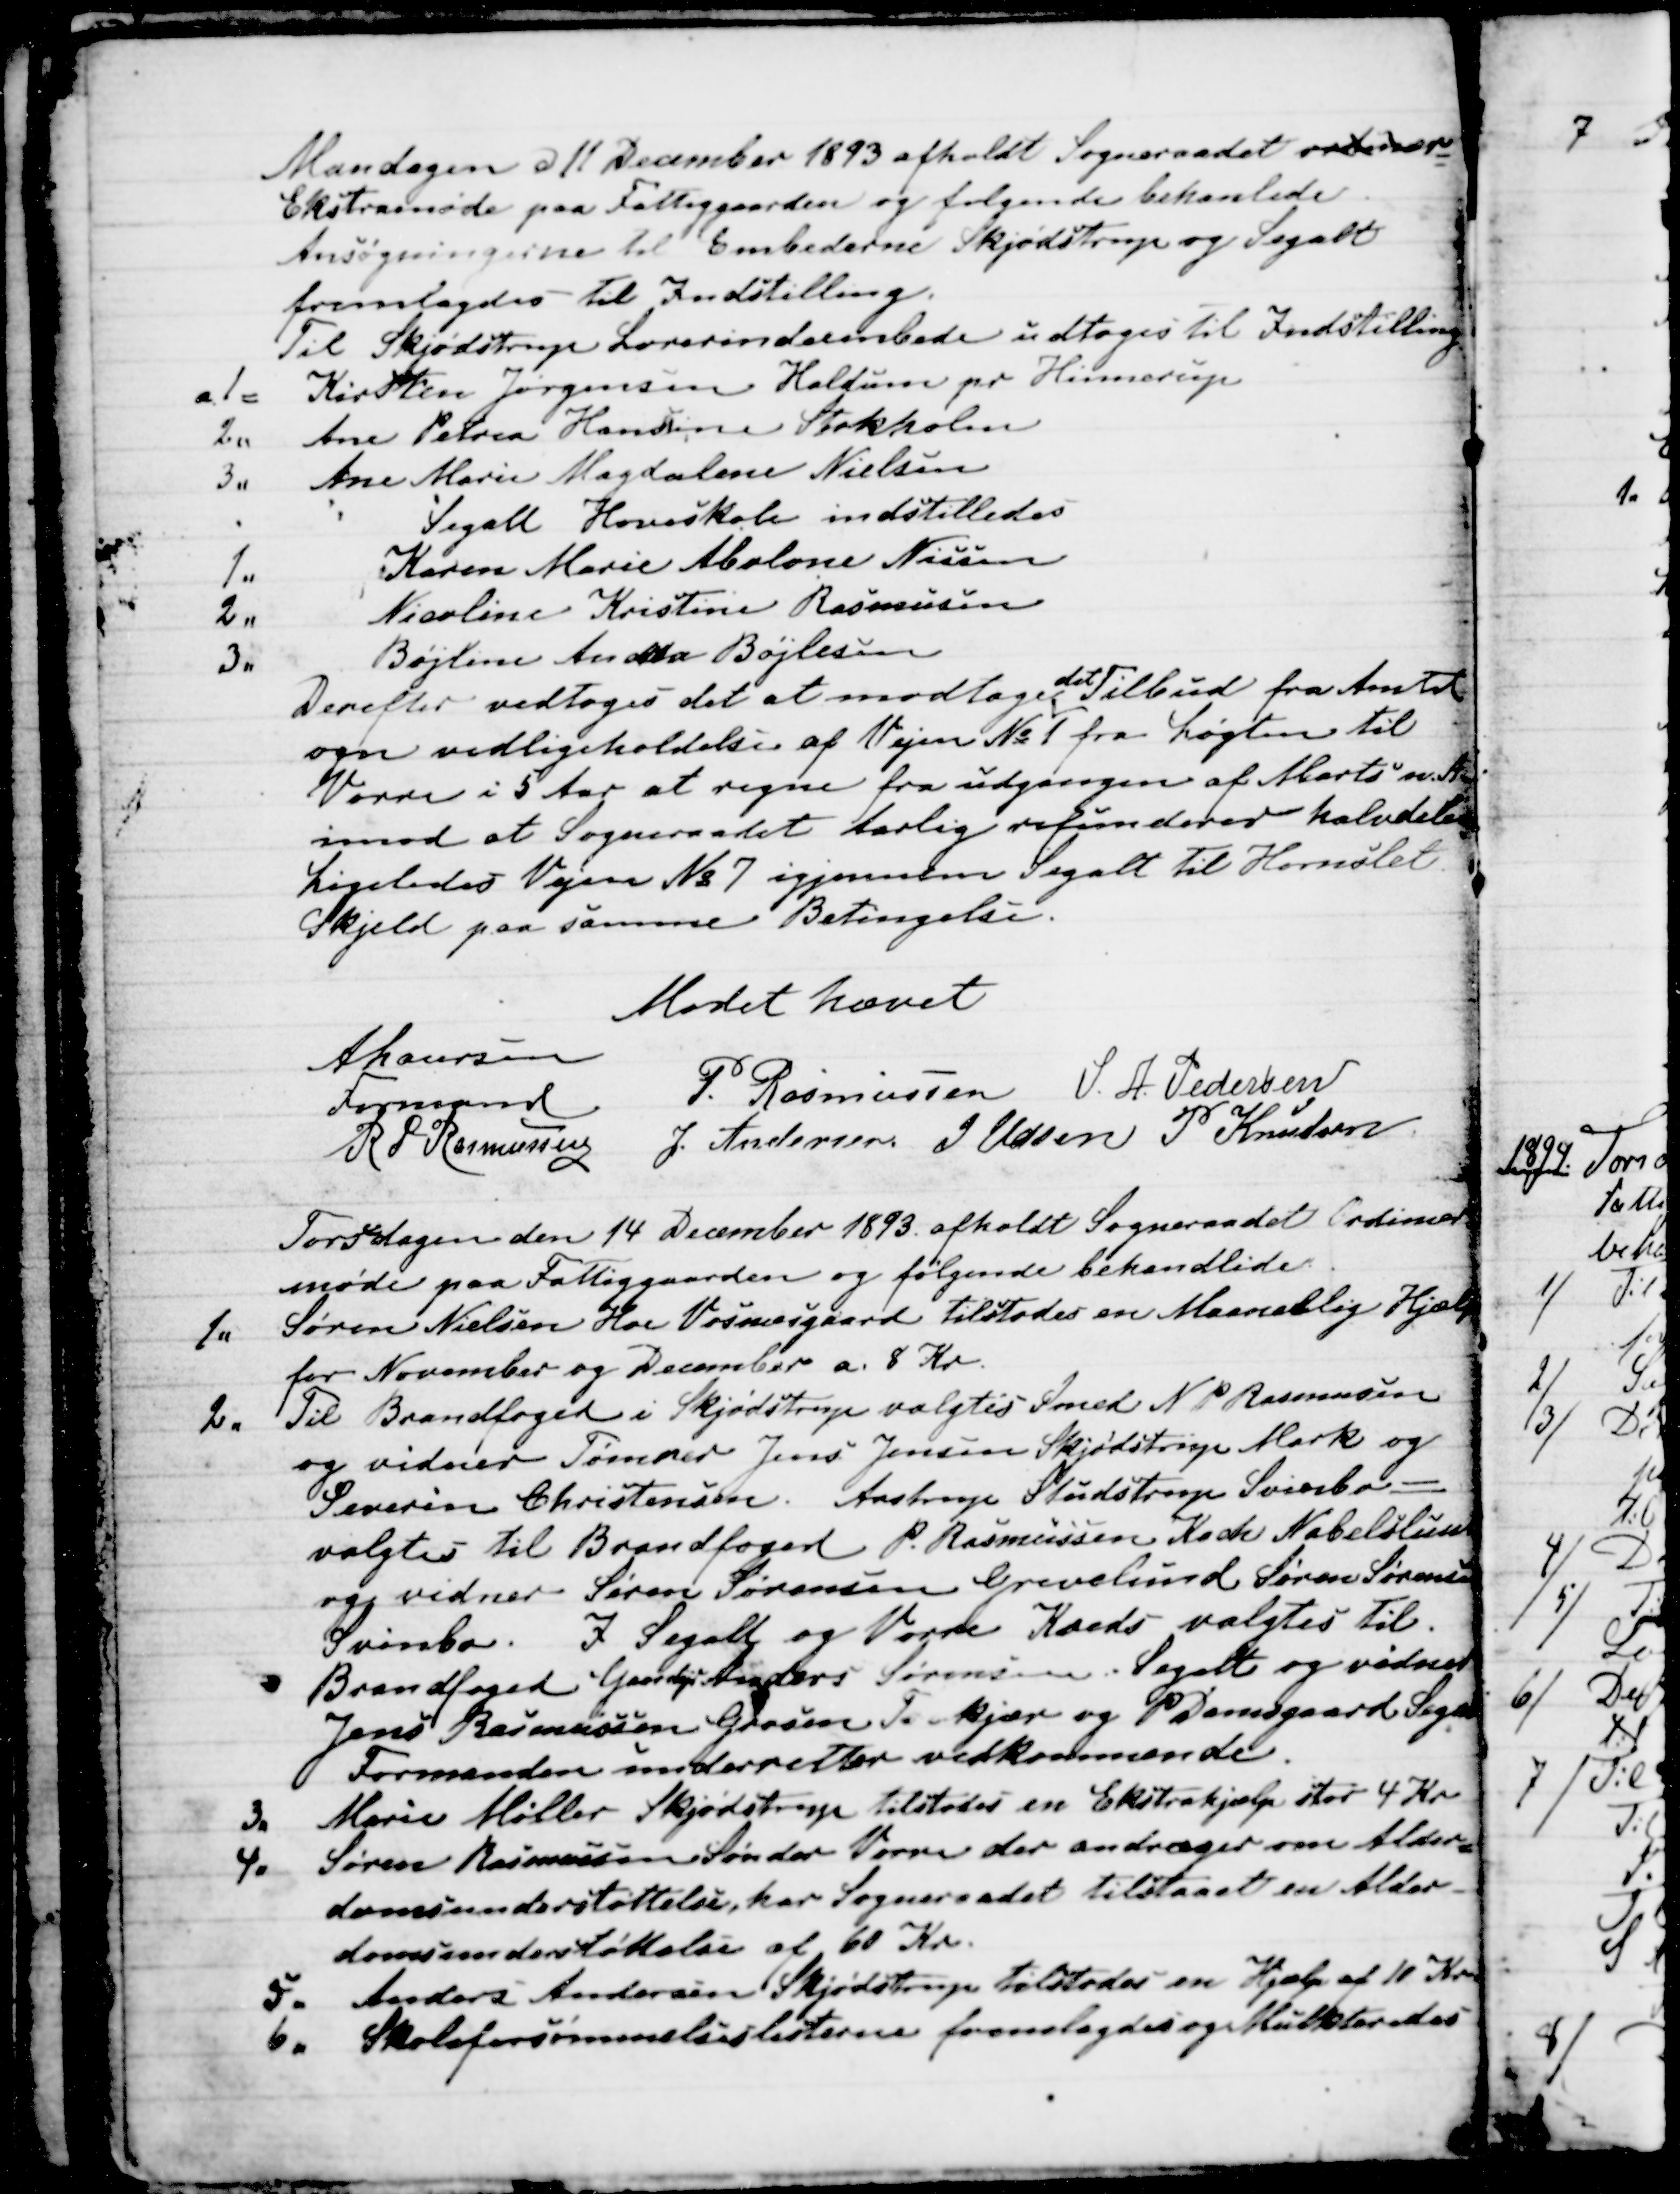
Transskription:
Mandagen d 11 December 1893 afholdt Sogneraadet ordinær
=
Ekstramøde paa Fattiggaarden og følgende behandlede.
Ansøgningerne til Embederne i Skjødstrup og Segalt
fremlagdes til Indstilling.
Til Skjødstrup Lærerindeembede udtoges til Indstilling
1= Kirsten Jørgensen Haldum pr Hinnerup
2. Ane Petrea Hansine Stokholm
3. Ane Marie Magdalene Nielsen
Segalt Hoveskole indstilledes
1. Karen Marie Abelone Nissen
2. Nicoline Kristine Rasmussen
3. Bøjline Andrea Bøjlesen
Derefter vedtoges det at modtage
det
Tilbud fra Amtet
om vedligeholdelse af Vejen №1 fra Løgten til
Vorre i 5 Aar at regne fra udgangen af Marts n. A.
imod at Sogneraadet Aarlig refunderer halvdelen
Ligeledes Vejen № 7 igjennem Segalt til Hornslet
Skjeld paa samme Betingelse.
Mødet hævet
A Laursen
Formand
P. Rasmussen
S. A. Pedersen
R P Rasmussen
J. Andersen
J Udsen
P Knudsen

Torsdagen den 14 December 1893. afholdt Sogneraadet Ordinær
møde paa Fattiggaarden og følgende behandlede.
1. 
Søren Nielsen Hoe Vosnæsgaard tilstodes en Maanedlig Hjælp
for November og December a. 8 Kr.
2.
Til Brandfoged i Skjødstrup valgtes Smed N P Rasmussen
og vidner Tømrer Jens Jensen Skjødstrup Mark og
Severin Christensen.  Aastrup Studstrup Svinbo =
valgtes til Brandfoged P. Rasmussen Koch Nabelslund
og vidner Søren Sørensen Grevelund Søren Sørensen
Svinbo.  I Segalt og Vorre Kreds valgtes til.
Brandfoged Gaardejr Anders Sørensen Segalt og vidner
Jens Rasmussen Grosen Trækjær og P Damsgaard Segalt
Formanden underretter vedkommende.
3. 
 Marie Møller Skjødstrup tilstodes en Ekstrahjælp stor 4 Kr
4.
Søren Rasmussen Sønder Vorre der andrager om Alder
=
domsunderstøttelse, har Sogneraadet tilstaaet en Alder-
domsunderstøttelse af 60 Kr.
5.
 Anders Andersen Skjødstrup tilstodes en Hjælp af 10 Kr.
6.
 Skoleforsømmelseslisterne fremlagdes og Mulkteredes